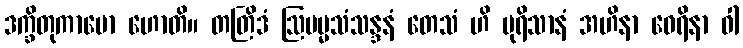
ဒက္ခိတုကာမော ဟောတိ။ တတြိဒံ ဩပမ္မသံသန္ဒနံ တေသံ ဟိ ပုရိသာနံ အဟိနာ ဝေရိနာ ဝါ